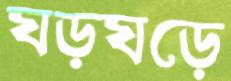
ঘড়ঘড়ে